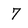
Character: 7